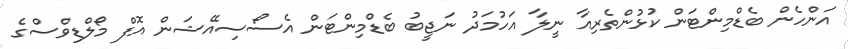
އަންހެން ބެޑްމިންޓަން ކުޅުންތެރިއާ ނީލާ އަހުމަދު ނަޖީބު ބެޑްމިންޓަން އެސޯސިއޭޝަން އޮފް މޯލްޑިވްސްގެ